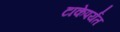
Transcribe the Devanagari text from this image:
टाकेपर्यंत